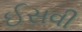
ઈસવી